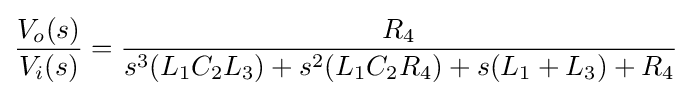
{\frac {V_{o}(s)}{V_{i}(s)}}={\frac {R_{4}}{s^{3}(L_{1}C_{2}L_{3})+s^{2}(L_{1}C_{2}R_{4})+s(L_{1}+L_{3})+R_{4}}}